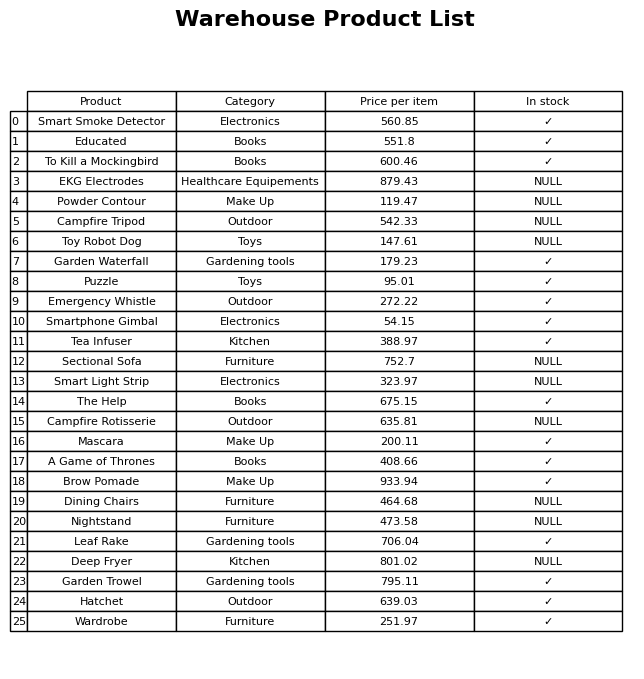
question: What is the price for Toy Robot Dog?
answer: The price of Toy Robot Dog is 147.61.